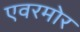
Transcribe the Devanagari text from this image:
एवरमोर